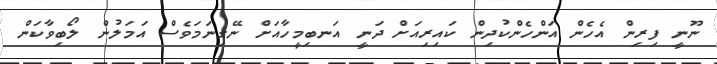
ނޫނީ ފިރިން އެހެން އަންހެންކުދިން ކައިރިއަށް ދަނީ އަނބިމީހާއަށް ނޭގިނަމަވެސް އަމަލުން ލޯބިވާކަން